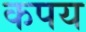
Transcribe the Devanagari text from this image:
कपय